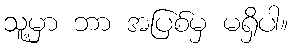
သူ့မှာ ဘာ အပြစ်မှ မရှိပါ။